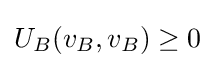
U_{B}(v_{B},v_{B})\geq 0